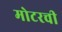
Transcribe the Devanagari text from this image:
मोटरची